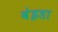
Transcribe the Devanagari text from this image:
बेइडा